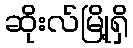
ဆိုးလ်မြို့ရှိ